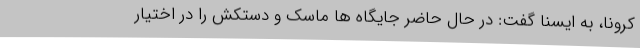
کرونا، به ایسنا گفت: در حال حاضر جایگاه ها ماسک و دستکش را در اختیار